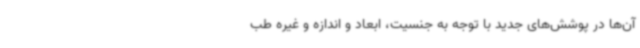
آن‌ها در پوشش‌های جدید با توجه به جنسیت، ابعاد و اندازه و غیره طب